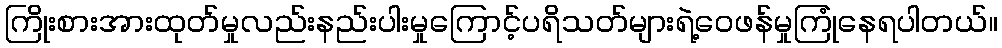
ကြိုးစားအားထုတ်မှုလည်းနည်းပါးမှုကြောင့်ပရိသတ်များရဲ့ဝေဖန်မှုကြုံနေရပါတယ်။